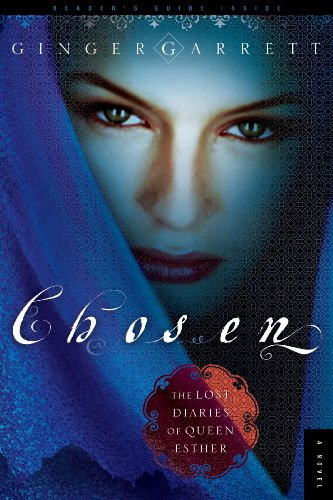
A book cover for Chosen: The Lost Diaries of Queen Esther; Ginger Garrett; Christian Books & Bibles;